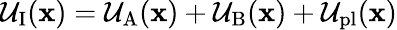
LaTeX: \mathcal{U}_{\mathrm{I}}(\mathbf{x})=\mathcal{U}_{\mathrm{A}}(\mathbf{x})+\mathcal{U}_{\mathrm{B}}(\mathbf{x})+\mathcal{U}_{\mathrm{pl}}(\mathbf{x})